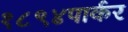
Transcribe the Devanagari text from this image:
१८९४पार्कर